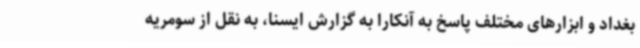
بغداد و ابزارهای مختلف پاسخ به آنکارا به گزارش ایسنا، به نقل از سومریه